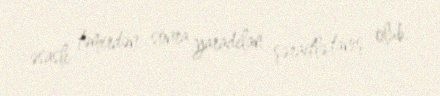
əsaslı təmirdən sonra yaradılan şəraitlə tanış olub.